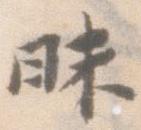
昧